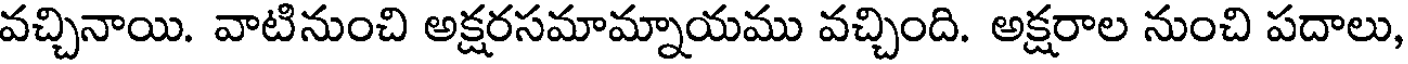
వచ్చినాయి. వాటినుంచి అక్షరసమామ్నాయము వచ్చింది. అక్షరాల నుంచి పదాలు,